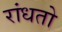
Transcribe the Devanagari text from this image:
रांधतो